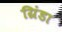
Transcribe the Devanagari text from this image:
ग्रिंडा